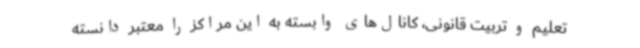
تعلیم و تربیت قانونی، کانال‌های وابسته به این مراکز را معتبر دانسته